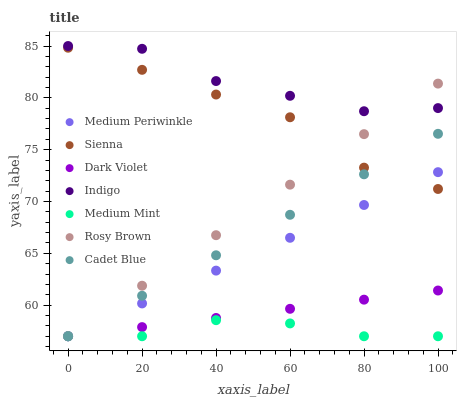
| xaxis_label | Medium Periwinkle | Sienna | Dark Violet | Indigo | Medium Mint | Rosy Brown | Cadet Blue |
 | --- | --- | --- | --- | --- | --- | --- | --- |
 | 0 | 57 | 84.8 | 57 | 85 | 57 | 57 | 57 |
 | 20 | 60.2 | 82.7 | 57.9 | 84.7 | 57 | 61.9 | 60.9 |
 | 40 | 63.3 | 80.3 | 58.8 | 81.6 | 58.5 | 66.7 | 64.8 |
 | 60 | 66.5 | 78.1 | 59.6 | 80.2 | 58.2 | 71.6 | 68.7 |
 | 80 | 69.7 | 73.3 | 60.5 | 78.7 | 57 | 76.5 | 72.6 |
 | 100 | 72.8 | 71.2 | 61.4 | 79 | 57 | 81.4 | 76.5 |